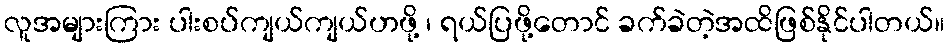
လူအများကြား ပါးစပ်ကျယ်ကျယ်ဟဖို့ ၊ ရယ်ပြဖို့တောင် ခက်ခဲတဲ့အထိဖြစ်နိုင်ပါတယ်။